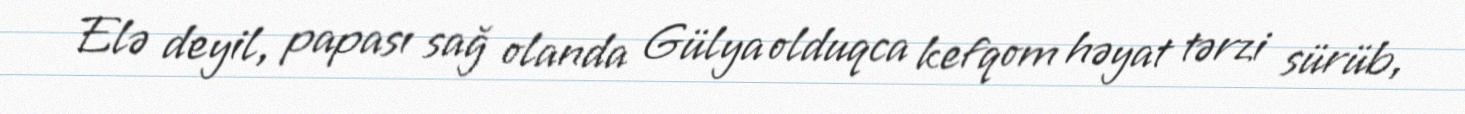
Elə deyil, papası sağ olanda Gülya olduqca kefqom həyat tərzi sürüb,